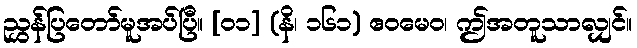
ညွှန်ပြတော်မူအပ်ပြီ။ [၀၁] (နိ၊ ၁၆၁) ဧဝမေဝ၊ ဤအတူသာလျှင်။